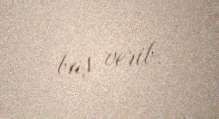
baş verib.